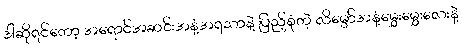
ဒါဆိုရင်တော့ အရောင်အဆင်းအနံ့အရသာနဲ့ ပြည့်စုံတဲ့ လိမ္မော်အနံ့မွှေးမွှေးလေးနဲ့